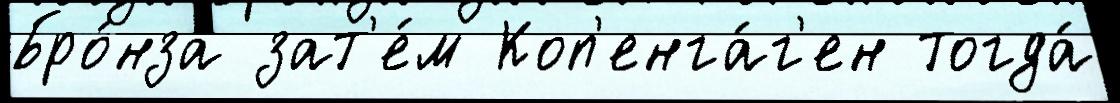
Бро́нза зат'е́м Коп'енга́г'ен тогда́